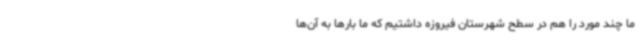
ما چند مورد را هم در سطح شهرستان فیروزه داشتیم که ما بارها به آن‌ها